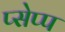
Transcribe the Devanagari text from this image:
प्सेप्प